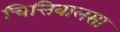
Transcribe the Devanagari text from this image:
चित्तिवालसा